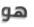
هو